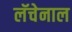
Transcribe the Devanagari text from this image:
लॅचेनाल